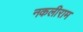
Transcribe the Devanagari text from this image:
नकलीराम